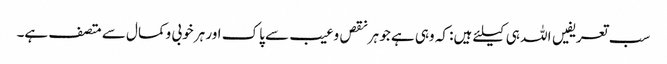
سب تعریفیں اللہ ہی کیلئے ہیں: کہ وہی ہے جو ہرنقص وعیب سے پاک اور ہر خوبی وکمال سے متصف ہے۔